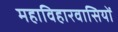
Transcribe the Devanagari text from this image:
महाविहारवासियों